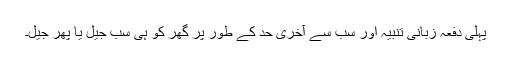
پہلی دفعہ زبانی تنبیہ اور سب سے آخری حد کے طور پر گھر کو ہی سب جیل یا پھر جیل۔